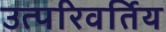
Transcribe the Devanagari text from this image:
उत्परिवर्तिय